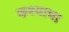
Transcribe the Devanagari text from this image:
कश्याचा